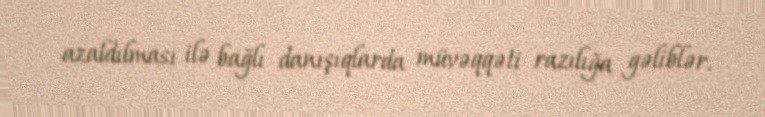
azaldılması ilə bağlı danışıqlarda müvəqqəti razılığa gəliblər.